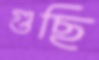
গুছি